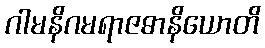
ဂါမနိဂမရာဇဓာနိယောတိ